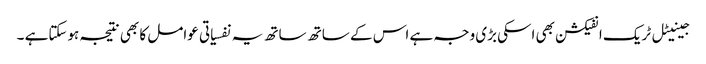
جینیٹل ٹریک انفیکشن بھی اسکی بڑی وجہ ہے اس کے ساتھ ساتھ یہ نفسیاتی عوامل کا بھی نتیجہ ہوسکتاہے ۔